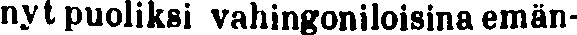
nyt puoliksi vahingoniloisina emän-